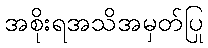
အစိုးရအသိအမှတ်ပြု